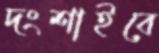
দংশাইবে